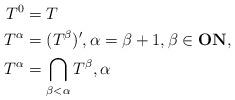
LaTeX: \begin{align*}T^0&=T\\T^{\alpha}&=(T^{\beta})', \alpha=\beta+1,\beta\in\textbf{ON},\\T^{\alpha}&=\bigcap_{\beta<\alpha}T^{\beta},\alpha \end{align*}